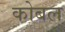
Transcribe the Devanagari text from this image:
कोबल